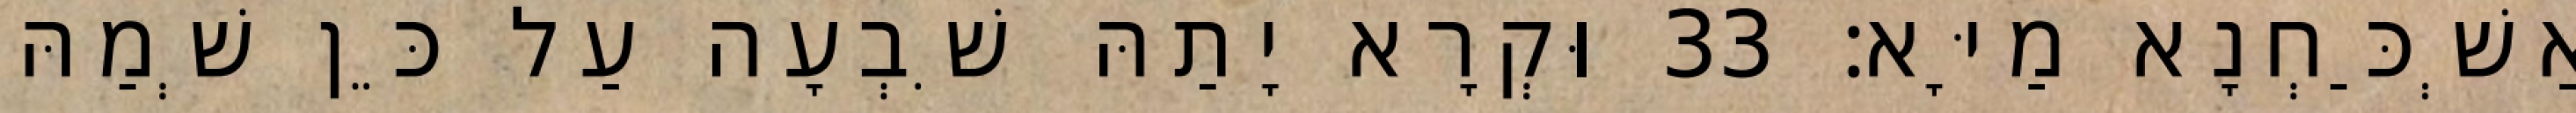
אַשְׁכַּחְנָא מַיָּא׃ 33 וּקְרָא יָתַהּ שִׁבְעָה עַל כֵּן שְׁמַהּ